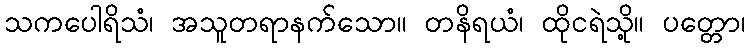
သကပေါရိသံ၊ အသူတရာနက်သော။ တနိရယံ၊ ထိုငရဲသို့။ ပတ္တော၊